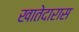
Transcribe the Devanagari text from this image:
खातेदारास